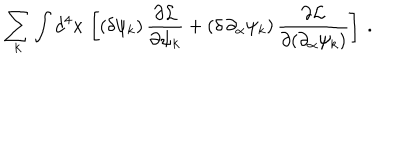
LaTeX: \sum _ { k } \int d ^ { 4 } x \, \left[ ( \delta \psi _ { k } ) \, { \frac { \partial { \cal L } } { \partial \psi _ { k } } } + ( \delta \, \partial _ { \alpha } \psi _ { k } ) \, { \frac { \partial { \cal L } } { \partial ( \partial _ { \alpha } \psi _ { k } ) } } \right] \ .